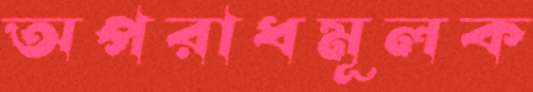
অপরাধমূলক